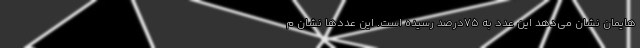
‌هایمان نشان می‌دهد این عدد به ۷۵درصد رسیده است. این عددها نشان م